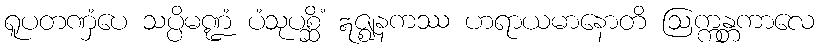
ရူပတဏှံပေ သပ္ပိမဏ္ဍံ ပံသုပစ္ဆိံ ဣဇ္ဈနကဿ ဟရာယမာနောတိ ဩက္ကန္တကာလေ